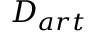
D _ { a r t }